Annual report of the Civil Veterinary Department, Bengal, and of the Bengal Veterinary College for the year 1903-1904 - 1903-1904
Year: 1903
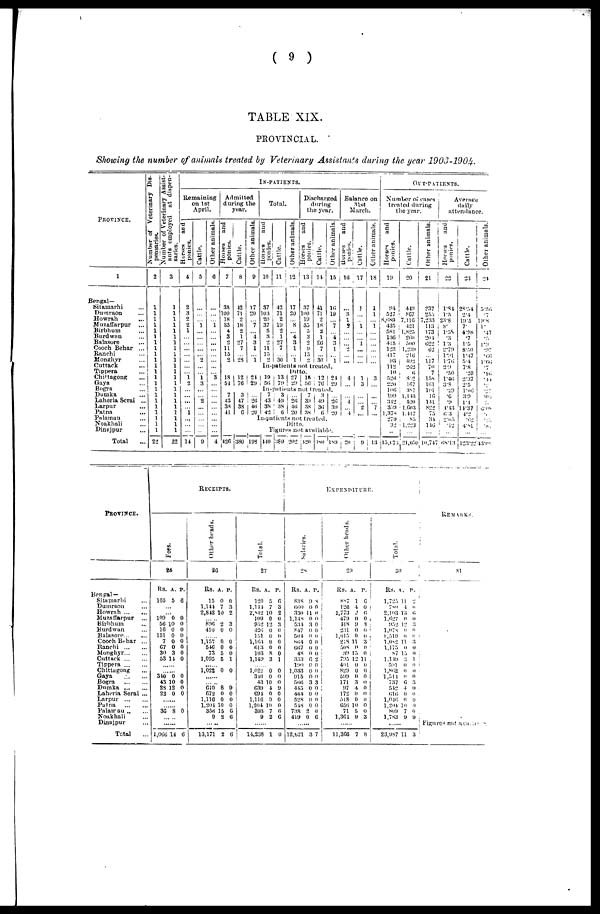
(
9
)
TABLE
XIX.
PROVINCIAL.
Showing
the number
of animals
treated
by Veterinary
Assistants
during
the year
1903-1904.
PROVINCE.
1
Bengal—
Sitamarhi ...
Dumraon ...
Howrah ...
Muzaffarpur ...
Birbhum ...
Burdwnn ...
Balasore ...
Cooch Behar ...
Ranchi ...
Monghyr ...
Cuttack ...
Tippera ...
Chittagong ...
Gaya ...
Bogra ...
Dumka ...
Laheria Serai ...
Larpur ...
Patna ...
Palamau ...
Noakhali ...
Dinajpur ...
Total ...
Number of Veterinary Dis-
pensaries.
2
1
1
1
1
1
1
1
1
1
1
1
1
1
1
1
1
1
1
1
1
1
1
22
Number of Veterinary Assist-
ants employed at dispen-
saries.
3
1
1
1
1
1
1
1
1
1
1
1
1
1
1
1
1
1
1
1
1
1
1
22
IN-PATIENTS.
Remaining
on 1st
April.
Horses
and
ponies.
4
2
3
2
2
1
...
...
...
...
...
...
...
1
2
...
...
...
...
1
...
...
...
14
Cattle.
5
...
...
...
1
...
...
...
...
...
2
...
...
1
3
...
...
2
...
...
...
...
...
9
Other animals.
6
...
...
...
1
...
...
...
...
...
...
...
...
3
...
...
...
...
...
...
...
...
...
4
Admitted
during the
year.
Horses
and
ponies.
7
35
100
18
So
4
3
2
11
15
2
18
54
7
43
38
41
426
Cattle.
8
42
71
2
18
2
1
27
7
...
28
12
76
3
47
38
6
380
Other animals.
9
17
20
...
7
...
4
3
1
...
1
24
29
...
20
40
20
Total.
Horses
and
ponies.
10
37
103
20
37
5
3
2
11
15
2
Cattle.
11
42
71
2
19
2
1
27
7
...
30
Other animals.
12
17
20
...
8
...
4
3
1
...
i
OUT-PATIENTS.
Discharged
during
the year.
Horses
and
ponies.
13
37
100
19
35
5
3
2
9
15
2
Cattle.
14
41
71
2
18
2
1
26
7
...
30
Other animals.
15
16
19
...
7
...
4
3
1
...
1i
In-patients not treated.
19
56
13
79
Ditto.
27
29
15
56
12
76
24
29
In-patients not treated.
7
43
38
42
3 49
38
6
...
26
46
20
7
39
38
38
3
49
30
6
In-patients not treated.
198
Ditto.
...
20
39
20
Figures not available.
440 389 202 420 380 189
Balance on
31st
March.
Horses
and
ponies.
16
...
3
1
9
...
...
...
2
...
...
4
...
...
4
...
4
20
Cattle.
17
1
...
...
1
...
...
1
...
...
...
1
3
...
...
2
...
9
Other animals.
18
1
1
...
1
...
...
...
...
...
...
3
...
1
...
7
...
13
Number of cases
treated during
the year.
Horses
and
ponies.
19
94
527
8,689
435
581
130
415
123
417
93
112
10
526
220
106
199
342
359
1,378
279
32
..
15,678
Cattle.
20
419
8G7
7,116
421
1,825
260
500
1,239
210
492
202
6
842
167
387
1,143
520
1,603
1.417
85
1,223
...
21,050
Other animals.
21
?37
255
7,233
113
173
204
022
02
...
117
70
7
158
101
lot
16
141
822
75
34
146
...
10,747
Average
daily
attendance.
Horses
and
ponies.
22
1.84
1.5
23.8
8.
1.58
.3
1.3
2.79
1.91
1.76
2.9
.50
1.46
3.8
.29
.6
.9
4.43
03
2.03
.12
...
08.13
Cattle.
23
28.34
2.4
19.5
7.
4.98
.7
1.5
8.50
1.47
5.4
7.8
.20
2.37
2.5
1.06
3.9
11
14.37
4.2
.02
4.81
...
123.22
Other animals.
24
5.56
.7
19.8
1.
.47
.5
1.9
.97
.66
1.66
.7
.16
.41
.97
.03
.3
6.08
3
38
.81
...
43.08
PROVINCE.
Bengal —
Sitamarhi ...
Dumraon ...
Howrah ... ...
Muzaffarpur ...
Birbhum ...
Burdwan ...
Balasore ... ...
Cooch Behar ...
Ranchi ... ...
Monghyr...
...
Cuttack ... ...
Tippera ... ...
Chittagong ...
Gaya ... ...
Bogra
...
...
Dumka ... ...
Laheria Serai ...
Larpur
...
...
Patna
...
...
Palamau .. ...
Noakhali ...
Dinajpur ...
Total ...
RECEIPTS.
Fees.
23
Rs. A. P
105 5 6
...
...
109 0 0
56 10 0
16 0 0
151 0 0
7 0 0
67 0 0
30 3 0
53 14 0
......
......
340 0 0
43 10 0
28 12 0
22 0 0
......
......
36 8 0
... ..
......
1,066 14 6
Other heads.
26
RS.A. P.
15 0 0
1,144 7 3
2,842 10 2
... ..
896 2 3
410 0 0
......
1,157 0 0
546 0 0
73 5 0
1,095 5 1
......
1,022 0 0
......
......
610 8 9
672 0 0
1,110 0 0
1,204 10 0
356 15 6
9 2 6
......
13,171 2 6
Total.
27
RS. A. P.
120 5 6
1,144 7 3
2,842 10 2
109 0 0
952 12 3
426 0 0
151 0 0
1,164 0 0
013 0 0
103 8 0
1,149 3 1
......
1,022 0 0
340 0 0
43 10 0
G39 4 9
694 0 0
1,116 0 0
1,204 10 0
393 7 0
9 2 6
......
14,238 1 0
EXPENDITURE.
Salaries.
2S
RS. A. P
838 9 8
660 0 0
330 11 0
1,148 0 0
534 3 0
847 0 0
504 0 0
864 0 0
667 0 0
48 0 0
353 6 2
190 0 0
1,033 0 0
915 0 0
566 3 3
445 0 0
444 0 0
528 0 0
548 0 0
738 2 0
419 0 6
......
12,521 3 7
Other beads.
RS.A. P
887 1 6
120 4 0
1,773 2 6
479 0 0
418 9 3
231 0 0
1,015 0 0
218 11 3
508 0 0
39 15 0
795 12 11
401 0 0
829 0 0
599 0 0
171 3 0
97 4 0
172 0 0
518 0 0
656 10 0
71 5 0
1,364 9 3
......
11,366 7 8
Total.
30
RS. A. P
1,725 11 2
780 4 0
2,163 13 6
1,627 0 0
952 12 3
1,078 0 0
1,519 0 0
1,082 11 3
1,175 0 0
87 15 0
1,149 3 1
591 0 0
1,862 0 0
1,514 0 0
737 6 3
542 4 0
616 0 0
1,046 0 0
1,204 10 0
809 7 0
1,783 9 9
......
23,987 11 3
REMARKS.
31
Figures not available